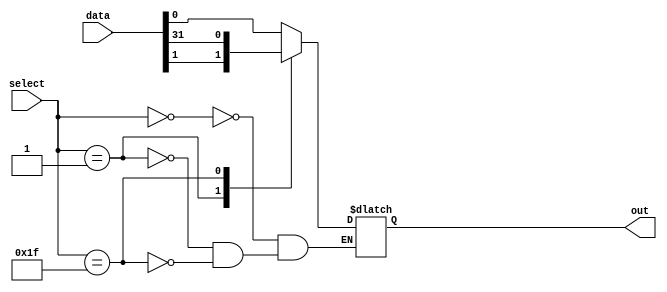
module mux_32to1 (
  input [31:0] data,
  input [4:0] select,
  output reg out
);

  reg [31:0] selected_data;

  always @* begin
    case (select)
      5'b00000: selected_data = data[0];
      5'b00001: selected_data = data[1];
      // Continue for all input signals...
      5'b11111: selected_data = data[31];
    endcase
  end

  always @* begin
    out = selected_data;
  end

endmodule